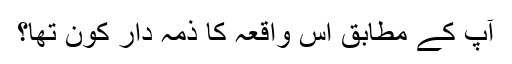
آپ کے مطابق اس واقعہ کا ذمہ دار کون تھا؟